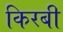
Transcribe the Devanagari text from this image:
किरबी